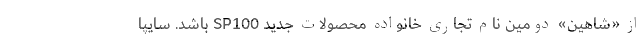
از «شاهین» دومین نام تجاری خانواده محصولات جدید SP100 باشد. سایپا